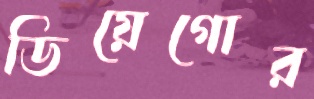
ডিয়েগোর